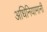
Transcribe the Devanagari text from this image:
अधिनियामानी